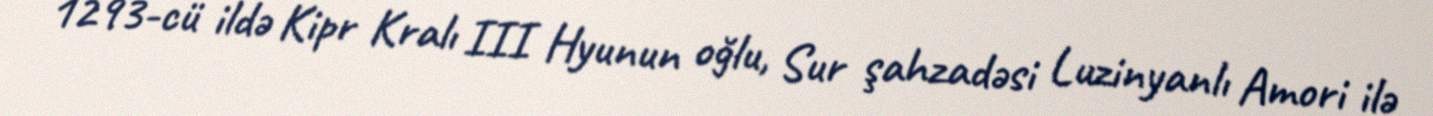
1293-cü ildə Kipr Kralı III Hyunun oğlu, Sur şahzadəsi Luzinyanlı Amori ilə